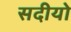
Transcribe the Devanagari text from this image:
सदीयो